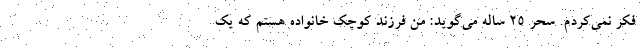
فکر نمی‌کردم. سحر ۲۵ ساله می‌گوید: من فرزند کوچک خانواده هستم که یک